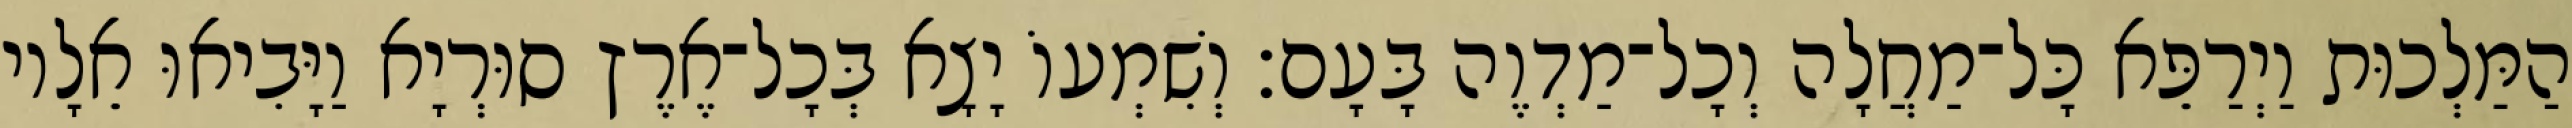
הַמַּלְכוּת וַיְרַפֵּא כָּל־מַחֲלָה וְכָל־מַדְוֶה בָּעָם׃ וְשִׁמְעוֹ יָצָא בְּכָל־אֶרֶץ סוּרְיָא וַיָּבִיאוּ אֵלָיו